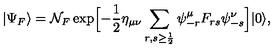
| \Psi _ { F } \rangle = { \cal N } _ { F } \exp \Bigl [ - { \frac { 1 } { 2 } } \eta _ { \mu \nu } \sum _ { r , s \ge { \frac { 1 } { 2 } } } \psi _ { - r } ^ { \mu } F _ { r s } \psi _ { - s } ^ { \nu } \Bigr ] | 0 \rangle ,